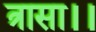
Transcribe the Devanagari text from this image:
त्रासा।।